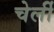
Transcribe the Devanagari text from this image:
चेर्ली